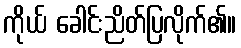
ကိုယ် ခေါင်းညိတ်ပြလိုက်၏။